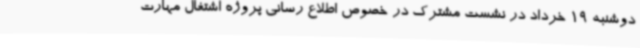
دوشنبه 19 خرداد در نشست مشترک در خصوص اطلاع رسانی پروژه اشتغال مهارت